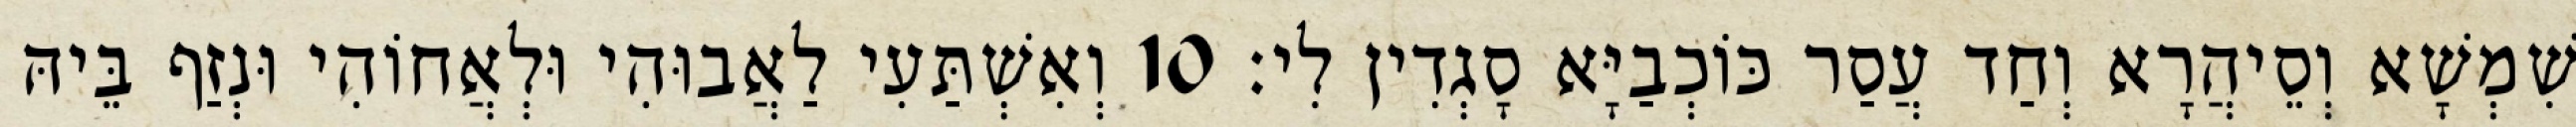
שִׁמְשָׁא וְסֵיהֲרָא וְחַד עֲסַר כּוֹכְבַיָּא סָגְדִין לִי׃ 10 וְאִשְׁתַּעִי לַאֲבוּהִי וּלְאֲחוֹהִי וּנְזַף בֵּיהּ